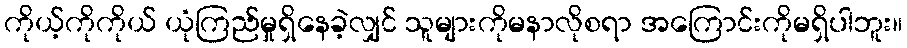
ကိုယ့်ကိုကိုယ် ယုံကြည်မှုရှိနေခဲ့လျှင် သူများကိုမနာလိုစရာ အကြောင်းကိုမရှိပါဘူး။